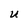
Character: U